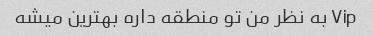
Vip به نظر من تو منطقه داره بهترین میشه